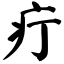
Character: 疔